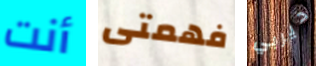
أنت فهمتى ديربي